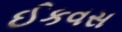
ઈકવસ